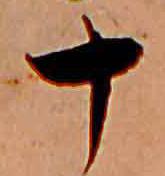
十